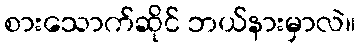
စားသောက်ဆိုင် ဘယ်နားမှာလဲ။